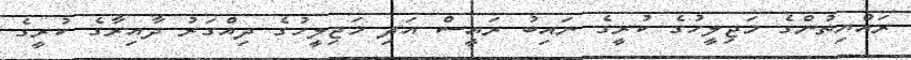
ރައްޔިތުންގެ މަޖިލީހުގެ ކުރީގެ ނައިބު ރައީސް އަދި މަޖިލީހުގެ ދިއްގަރު ދާއިރާގެ ކުރީގެ